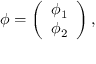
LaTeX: \phi = \left( \begin{array} { c } { { \phi _ { 1 } } } \\ { { \phi _ { 2 } } } \end{array} \right) ,